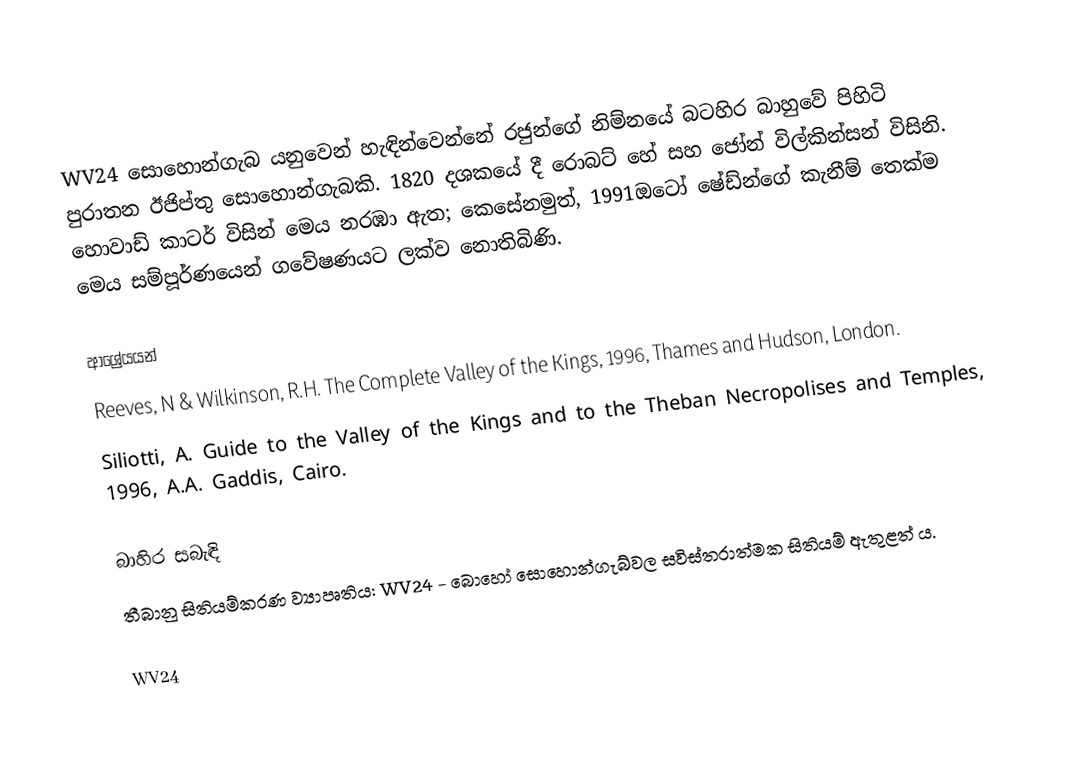
WV24 සොහොන්ගැබ යනුවෙන් හැඳින්වෙන්නේ රජුන්ගේ නිම්නයේ බටහිර බාහුවේ පිහිටි පුරාතන ඊජිප්තු සොහොන්ගැබකි. 1820 දශකයේ දී රොබට් හේ සහ ජෝන් විල්කින්සන් විසිනි. හොවාඩ් කාටර් විසින් මෙය නරඹා ඇත; කෙසේනමුත්, 1991ඔටෝ ෂේඩ්න්ගේ කැනීම් තෙක්ම මෙය සම්පූර්ණයෙන් ගවේෂණයට ලක්ව නොතිබිණි.

ආශ්‍රේයයන්
Reeves, N & Wilkinson, R.H. The Complete Valley of the Kings, 1996, Thames and Hudson, London.
Siliotti, A. Guide to the Valley of the Kings and to the Theban Necropolises and Temples, 1996, A.A. Gaddis, Cairo.

බාහිර සබැඳි
තීබානු සිතියම්කරණ ව්‍යාපෘතිය: WV24 - බොහෝ සොහොන්ගැබ්වල සවිස්තරාත්මක සිතියම් ඇතුළත් ය.

WV24